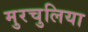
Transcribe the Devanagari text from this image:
मुरचुलिया